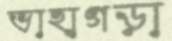
ভাহাগড়া